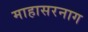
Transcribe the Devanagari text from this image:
माहासरनाग